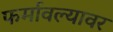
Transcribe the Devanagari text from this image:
फर्मावल्यावर